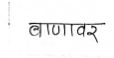
मजकूर: बाणावर